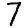
Digit: 7